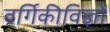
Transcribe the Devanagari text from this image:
वर्गिकीविज्ञों